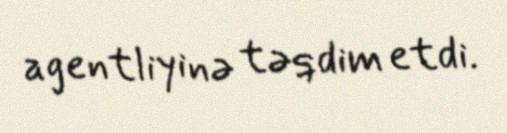
agentliyinə təqdim etdi.